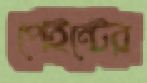
পেইন্টের